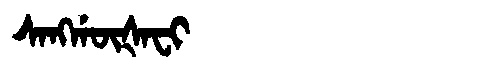
Manchu: ᠰᠠᠩᡤᡡᡧᠠᠸᡳ
Romanization: SANGGŪŠAFI